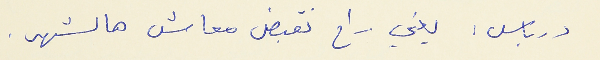
درباس : يعني راح نقبض معاش هالشهر